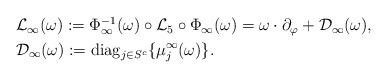
LaTeX: \begin{align*}\begin{aligned}&\mathcal{L}_{\infty}(\omega):=\Phi_{\infty}^{-1} (\omega) \circ \mathcal{L}_5 \circ \Phi_{\infty}(\omega)=\omega\cdot \partial_{\varphi}+\mathcal{D}_{\infty}(\omega),\\& \mathcal{D}_{\infty}(\omega):=\mbox{diag}_{j\in S^c} \{ \mu_j^{\infty}(\omega) \}.\end{aligned}\end{align*}